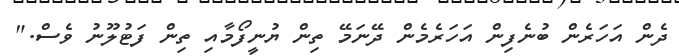
ދެން އަހަރެެން ބުނެފިން އަހަރެމެން ދޭނަމޭ ތިން ޔުނީފޯމާއި ތިން ފަޓުލޫނު ވެސް."